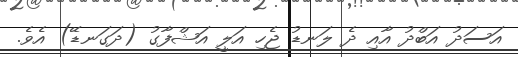
އަސަދު އަބްދު އާއި ދެ ލަނޑު ޖެހި އަލީ އަޝްފާގު (ދަގަނޑޭ) އެވެ.